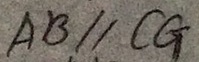
A B / / C G